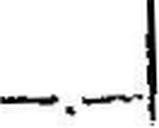
—.—